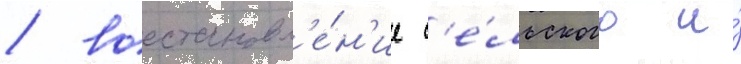
/ восстановл'е́н'ие с'е́льского и́